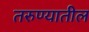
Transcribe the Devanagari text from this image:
तरुण्यातील